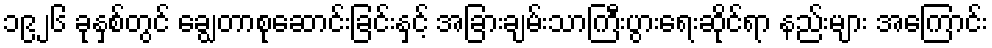
၁၉၂၆ ခုနှစ်တွင် ချွေတာစုဆောင်းခြင်းနှင့် အခြားချမ်းသာကြီးပွားရေးဆိုင်ရာ နည်းများ အကြောင်း